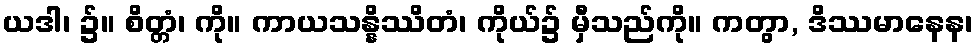
ယဒါ၊ ၌။ စိတ္တံ၊ ကို။ ကာယသန္နိဿိတံ၊ ကိုယ်၌ မှီသည်ကို။ ကတွာ, ဒိဿမာနေန၊